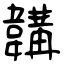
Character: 韝